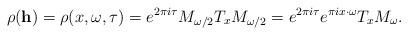
LaTeX: \begin{align*}\rho(\mathbf{h}) = \rho(x, \omega, \tau) = e^{2 \pi i \tau} M_{\omega/2} T_x M_{\omega/2} = e^{2 \pi i \tau} e^{ \pi i x \cdot \omega} T_x M_\omega .\end{align*}